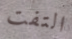
التفت